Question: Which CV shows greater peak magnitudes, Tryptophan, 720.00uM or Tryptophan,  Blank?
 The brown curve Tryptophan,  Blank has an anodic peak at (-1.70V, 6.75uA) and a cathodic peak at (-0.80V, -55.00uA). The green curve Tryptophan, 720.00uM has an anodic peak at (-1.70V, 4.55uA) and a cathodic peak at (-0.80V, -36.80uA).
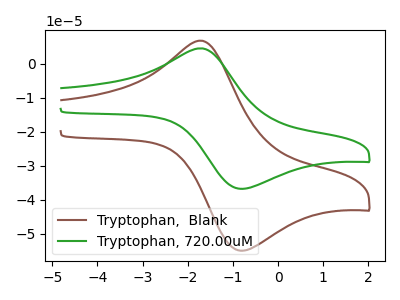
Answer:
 <answer>Every peak in "Tryptophan, 720.00uM" is lower than every peak in "Tryptophan,  Blank".</answer>
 <eval>lower</eval>